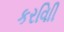
કરવાિી